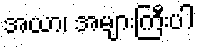
အယာ၊ အများကြီးပါ